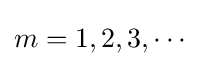
m=1,2,3,\cdots